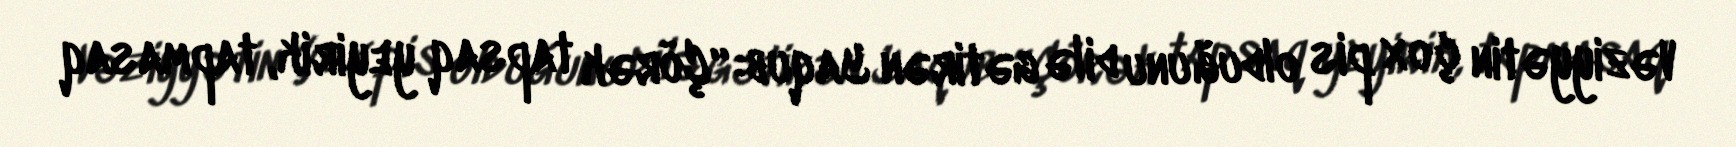
Vəziyyətin çox pis olduğunu dilə gətirən Yaqub: “Çörək tapsaq yeyirik, tapmasaq